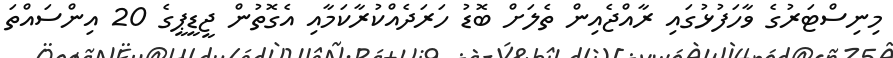
މިނިސްޓަރުގެ ވާހަފުޅުގައި ރާއްޖެއިން ތެލަށް ބޮޑު ހަރަދެއްކުރާކަމާއި އެގޮތުން ޖީޑީޕީގެ 20 އިންސައްތަ